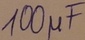
Text: 100µF